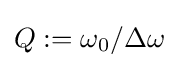
Q:=\omega _{0}/\Delta \omega